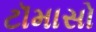
ટૉમાસો